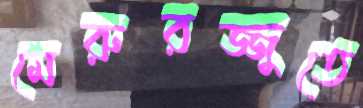
মেরুরজ্জুতে